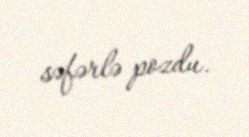
səfərlə pozdu.